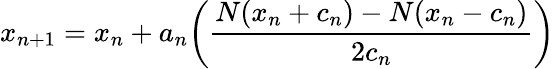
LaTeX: x_{n+1}=x_{n}+a_{n}{\bigg(}{\frac{N(x_{n}+c_{n})-N(x_{n}-c_{n})}{2c_{n}}}{\bigg)}